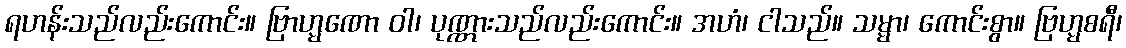
ရဟန်းသည်လည်းကောင်း။ ဗြာဟ္မဏော ဝါ၊ ပုဏ္ဏားသည်လည်းကောင်း။ အဟံ၊ ငါသည်။ သမ္မာ၊ ကောင်းစွာ။ ဗြဟ္မစရီ၊